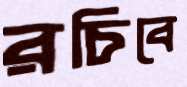
রচিবে